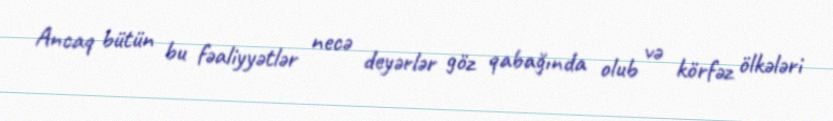
Ancaq bütün bu fəaliyyətlər necə deyərlər göz qabağında olub və körfəz ölkələri